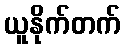
ယူနိုက်တက်